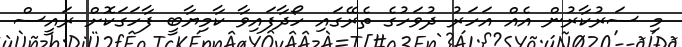
މި ސަރުކާރުން އެއް އަހަރު ދުވަހުގެ ތެރޭގައި ހޯދާފައިވާ ކާމިޔާބީ ފާހަގަކޮށް ރައީސް